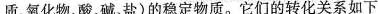
质、氧化物、酸、碱、盐）的稳定物质。它们的转化关系如下